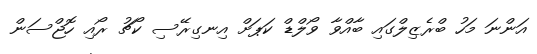
އަންނަ މަހު ބްރެޒިލްގައި ބާއްވާ ވޯލްޑް ކަޕަށް އިނގިރޭސި ކޯޗު ރޯއި ހޮޖްސަން